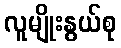
လူမျိုးနွယ်စု